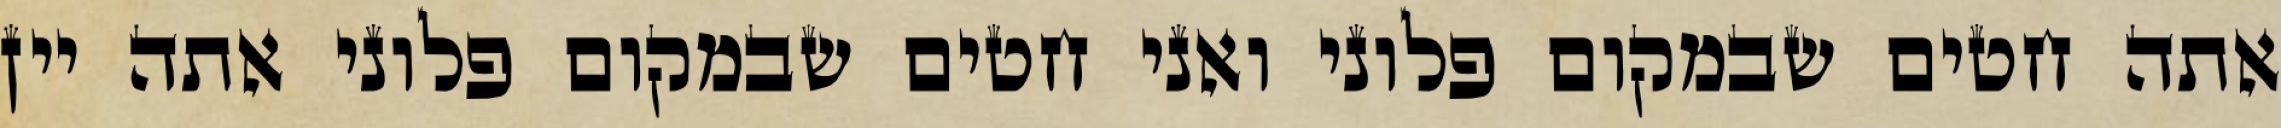
אתה חטים שבמקום פלוני ואני חטים שבמקום פלוני אתה יין